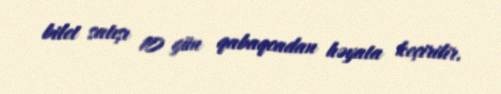
bilet satışı 10 gün qabaqcadan həyata keçirilir.